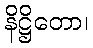
နိဋ္ဌိတော၊